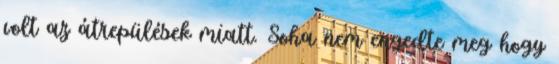
volt az átrepülések miatt. Soha nem engedte meg hogy